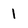
Character: 1